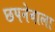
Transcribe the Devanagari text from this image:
छपनेवाला